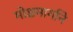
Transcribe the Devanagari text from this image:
मोक्षमार्गाने